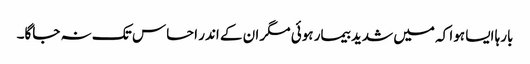
بارہا ایسا ہوا کہ میں شدید بیمار ہوئی مگر ان کے اندر احساس تک نہ جاگا۔